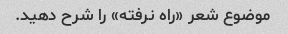
موضوع شعر «راه نرفته» را شرح دهید.